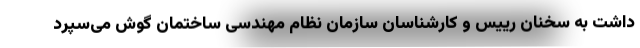
داشت به سخنان رییس و کارشناسان سازمان نظام مهندسی ساختمان گوش می‌سپرد